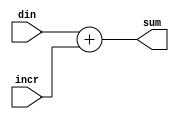
module	tlu_addern_32 (din, incr, sum);
// synopsys template

parameter ADDER_DATA_WIDTH = 33;
parameter INCR_DATA_WIDTH  =  1;
parameter UPPER_DATA_WIDTH =  ADDER_DATA_WIDTH - INCR_DATA_WIDTH;

input	[ADDER_DATA_WIDTH-1:0]	din;
input	[INCR_DATA_WIDTH-1:0]   incr;
output	[ADDER_DATA_WIDTH-1:0]	sum;
//
////////////////////////////////////////////////////////////////////////
// local signal declaraiont
////////////////////////////////////////////////////////////////////////

assign	sum[ADDER_DATA_WIDTH-1:0] =
            din[ADDER_DATA_WIDTH-1:0] + {{UPPER_DATA_WIDTH{1'b0}},incr[INCR_DATA_WIDTH-1:0]};

endmodule